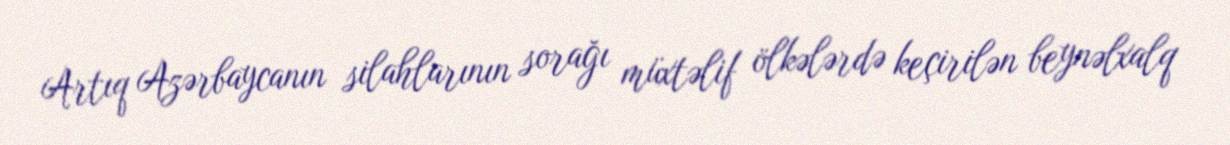
Artıq Azərbaycanın silahlarının sorağı müxtəlif ölkələrdə keçirilən beynəlxalq